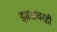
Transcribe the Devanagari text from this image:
झाडावरही